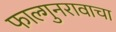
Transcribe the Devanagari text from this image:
फाल्गुनरावाचा